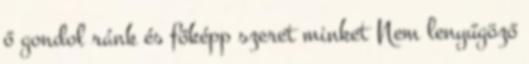
ő gondol ránk és főképp szeret minket Nem lenyűgöző